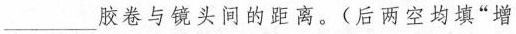
___胶卷与镜头间的距离。(后两空均填”增